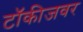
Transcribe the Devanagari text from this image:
टॉकीजवर